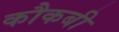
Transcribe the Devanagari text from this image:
कौकबी